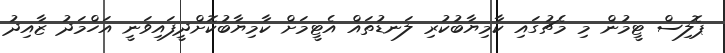
ޕޮލިސް ޓީމުން މި މެޗުގައި ކާމިޔާބުކުރި ލަނޑުތައް އެޓީމަށް ކާމިޔާބުކޮށްދީފައިވަނީ އަހްމަދު ޒާއިދު